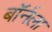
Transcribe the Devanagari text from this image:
बॉर्नला